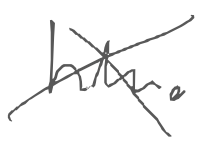
Text: him.
Cross-out: cross
Writing tool: digital_gray